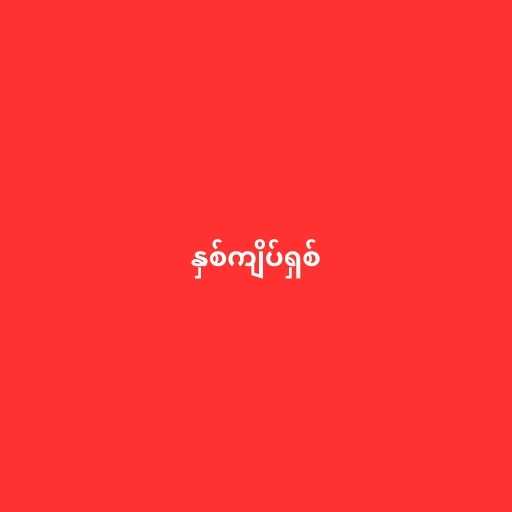
နှစ်ကျိပ်ရှစ်